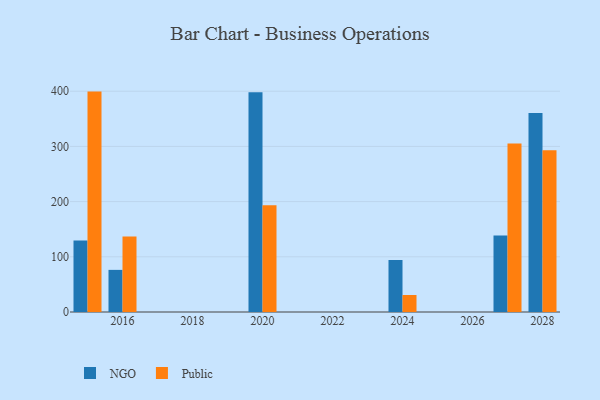
{"axis": {"x": "Year", "y": "Energy Usage (MWh)"}, "legend": ["NGO", "Public"], "data": [{"x": "2024", "y": 94.2, "type": "NGO"}, {"x": "2024", "y": 30.8, "type": "Public"}, {"x": "2015", "y": 129.5, "type": "NGO"}, {"x": "2015", "y": 399.3, "type": "Public"}, {"x": "2016", "y": 76.3, "type": "NGO"}, {"x": "2016", "y": 136.7, "type": "Public"}, {"x": "2020", "y": 398.2, "type": "NGO"}, {"x": "2020", "y": 193.3, "type": "Public"}, {"x": "2027", "y": 138.4, "type": "NGO"}, {"x": "2027", "y": 305.3, "type": "Public"}, {"x": "2028", "y": 360.4, "type": "NGO"}, {"x": "2028", "y": 293.2, "type": "Public"}]}